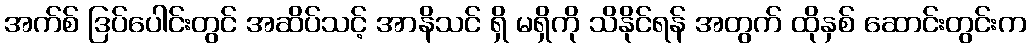
အက်စ် ဒြပ်ပေါင်းတွင် အဆိပ်သင့် အာနိသင် ရှိ မရှိကို သိနိုင်ရန် အတွက် ထိုနှစ် ဆောင်းတွင်းက